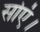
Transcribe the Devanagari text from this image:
सोएं।